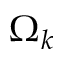
\Omega _ { k }